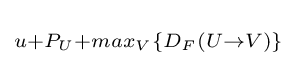
\scriptstyle u+P_{U}+max_{V}\{D_{F}(U\rightarrow V)\}